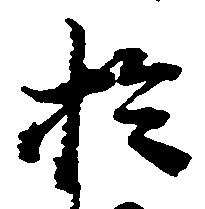
於